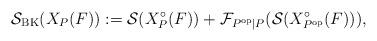
LaTeX: \begin{align*} \mathcal{S}_{\textrm{BK}}(X_P(F)):=\mathcal{S}(X_P^{\circ}(F)) + \mathcal{F}_{P^{\mathrm{op}}|P}(\mathcal{S}(X_{P^{\mathrm{op}}}^{\circ}(F))), \end{align*}